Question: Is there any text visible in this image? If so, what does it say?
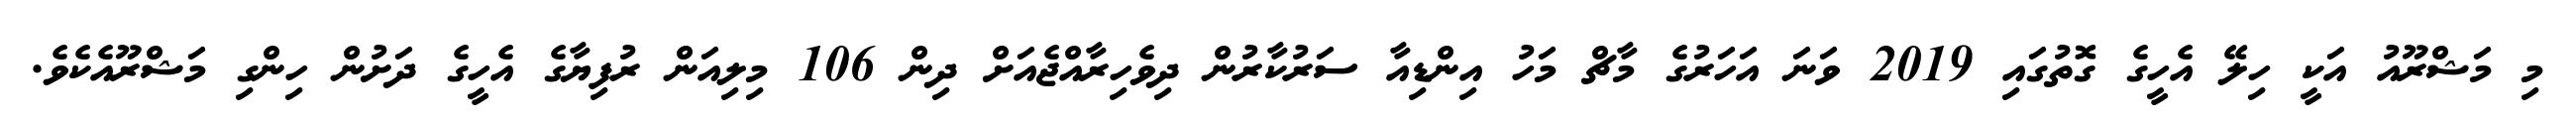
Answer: މި މަޝްރޫއު އަކީ ހިލޭ އެހީގެ ގޮތުގައި 2019 ވަނަ އަހަރުގެ މާޗް މަހު އިންޑިއާ ސަރުކާރުން ދިވެހިރާއްޖެއަށް ދިން 106 މިލިއަން ރުފިޔާގެ އެހީގެ ދަށުން ހިންގި މަޝްރޫއެކެވެ.